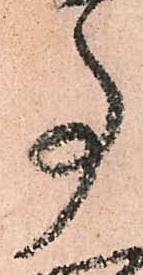
事